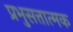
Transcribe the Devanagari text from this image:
प्रभुसत्तात्मक